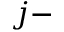
j -